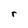
Character: r